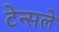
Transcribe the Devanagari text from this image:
टेन्सले